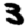
Digit: 3